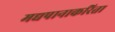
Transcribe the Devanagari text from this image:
मद्यपानाकरिता